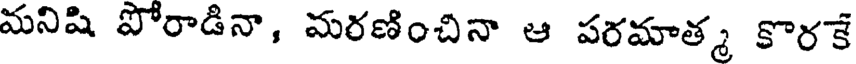
మనిషి పోరాడినా, మరణించినా ఆ పరమాత్మ కొరకే